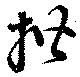
揩